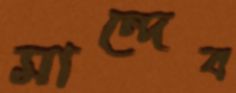
মান্দেব